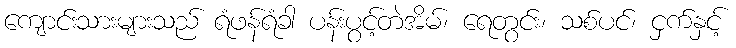
ကျောင်းသားများသည် ရံဖန်ရံခါ ပန်းပွင့်တဲအိမ်၊ ရေတွင်း၊ သစ်ပင်၊ ငှက်နှင့်